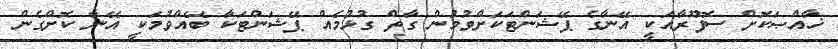
ޚާއްޞަކޮށް ސޮފޫރާއަކީ އޭނާގެ ޕޭޝަންޓަކަށްވުމުން ގާތް ގުޅުމެއް ޕޭޝަންޓަކާ ބޭއްވުމަކީ އޭނާ ކޮށްގެން